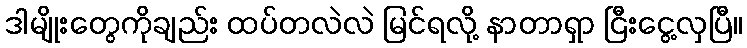
ဒါမျိုးတွေကိုချည်း ထပ်တလဲလဲ မြင်ရလို့ နာတာရှာ ငြီးငွေ့လှပြီ။